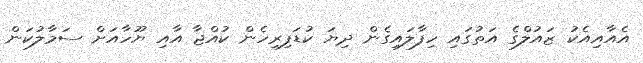
އެއާއިއެކު ޒައުލްގެ އަތުގައި ހިފާލައިގެން ދިޔަ ކުޑަފިރިހެން ކުއްޖާ އާއި ޔޫހާއަށް ސަމާލުކަން